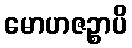
မောဟဇဉ္စာပိ